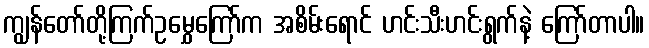
ကျွန်တော်တို့ကြက်ဥမွှေကြော်က အစိမ်းရောင် ဟင်းသီးဟင်းရွက်နဲ့ ကြော်တာပါ။